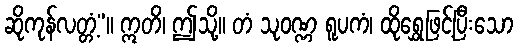
ဆိုကုန်လတ္တံ့”။ ဣတိ၊ ဤသို့။ တံ သုဝဏ္ဏ ရူပကံ၊ ထိုရွှေဖြင့်ပြီးသော